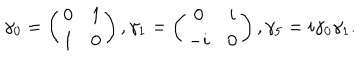
\gamma _ { 0 } = \left( \begin{array} { c c } { { 0 } } & { { 1 } } \\ { { 1 } } & { { 0 } } \\ \end{array} \right) , \gamma _ { 1 } = \left( \begin{array} { c c } { { 0 } } & { { i } } \\ { { - i } } & { { 0 } } \\ \end{array} \right) , \gamma _ { 5 } = i \gamma _ { 0 } \gamma _ { 1 } .